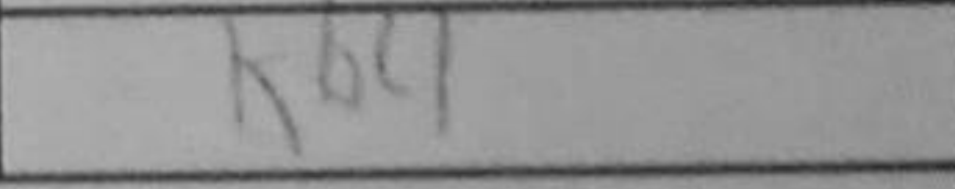
Transcription: Kb4